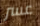
عسر